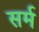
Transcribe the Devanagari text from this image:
सर्म